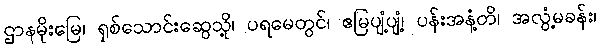
ဌာနမိုးမြေ၊ ရှစ်သောင်းဆွေသို့၊ ပရမေတွင်၊ ဧမြပျံ့ပျံ့၊ ပန်းအနံ့တိ၊ အလွံ့မခန်း၊